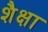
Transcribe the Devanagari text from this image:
शैक्षा